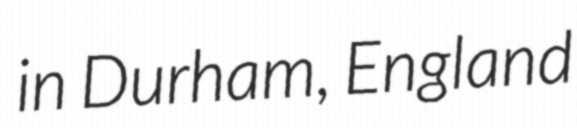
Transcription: in Durham, England